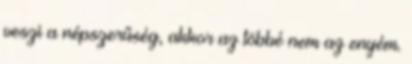
veszi a népszerűség, akkor az többé nem az enyém.